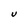
Character: U